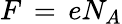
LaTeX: F\, =\, eN_{A}